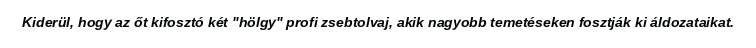
Kiderül, hogy az őt kifosztó két "hölgy" profi zsebtolvaj, akik nagyobb temetéseken fosztják ki áldozataikat.